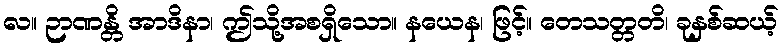
လ။ ဉာဏန္တိ အာဒိနာ၊ ဤသို့အစရှိသော။ နယေန၊ ဖြင့်။ တေသတ္တတိ၊ ခုနှစ်ဆယ့်